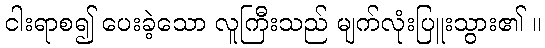
ငါးရာစ၍ ပေးခဲ့သော လူကြီးသည် မျက်လုံးပြူးသွား၏ ။